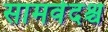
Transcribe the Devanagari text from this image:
सामवेदश्च